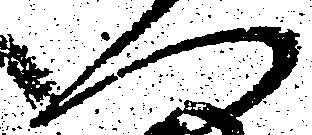
へ